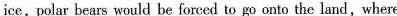
ice, polar bears would he forced to go onto the land, where